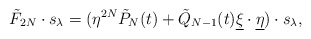
\begin{align*} \tilde{F}_{2N}\cdot s_\lambda = (\eta^{2N}\tilde{P}_N(t)+\tilde{Q}_{N-1}(t) {\underline\xi}\cdot{\underline \eta})\cdot s_\lambda , \end{align*}